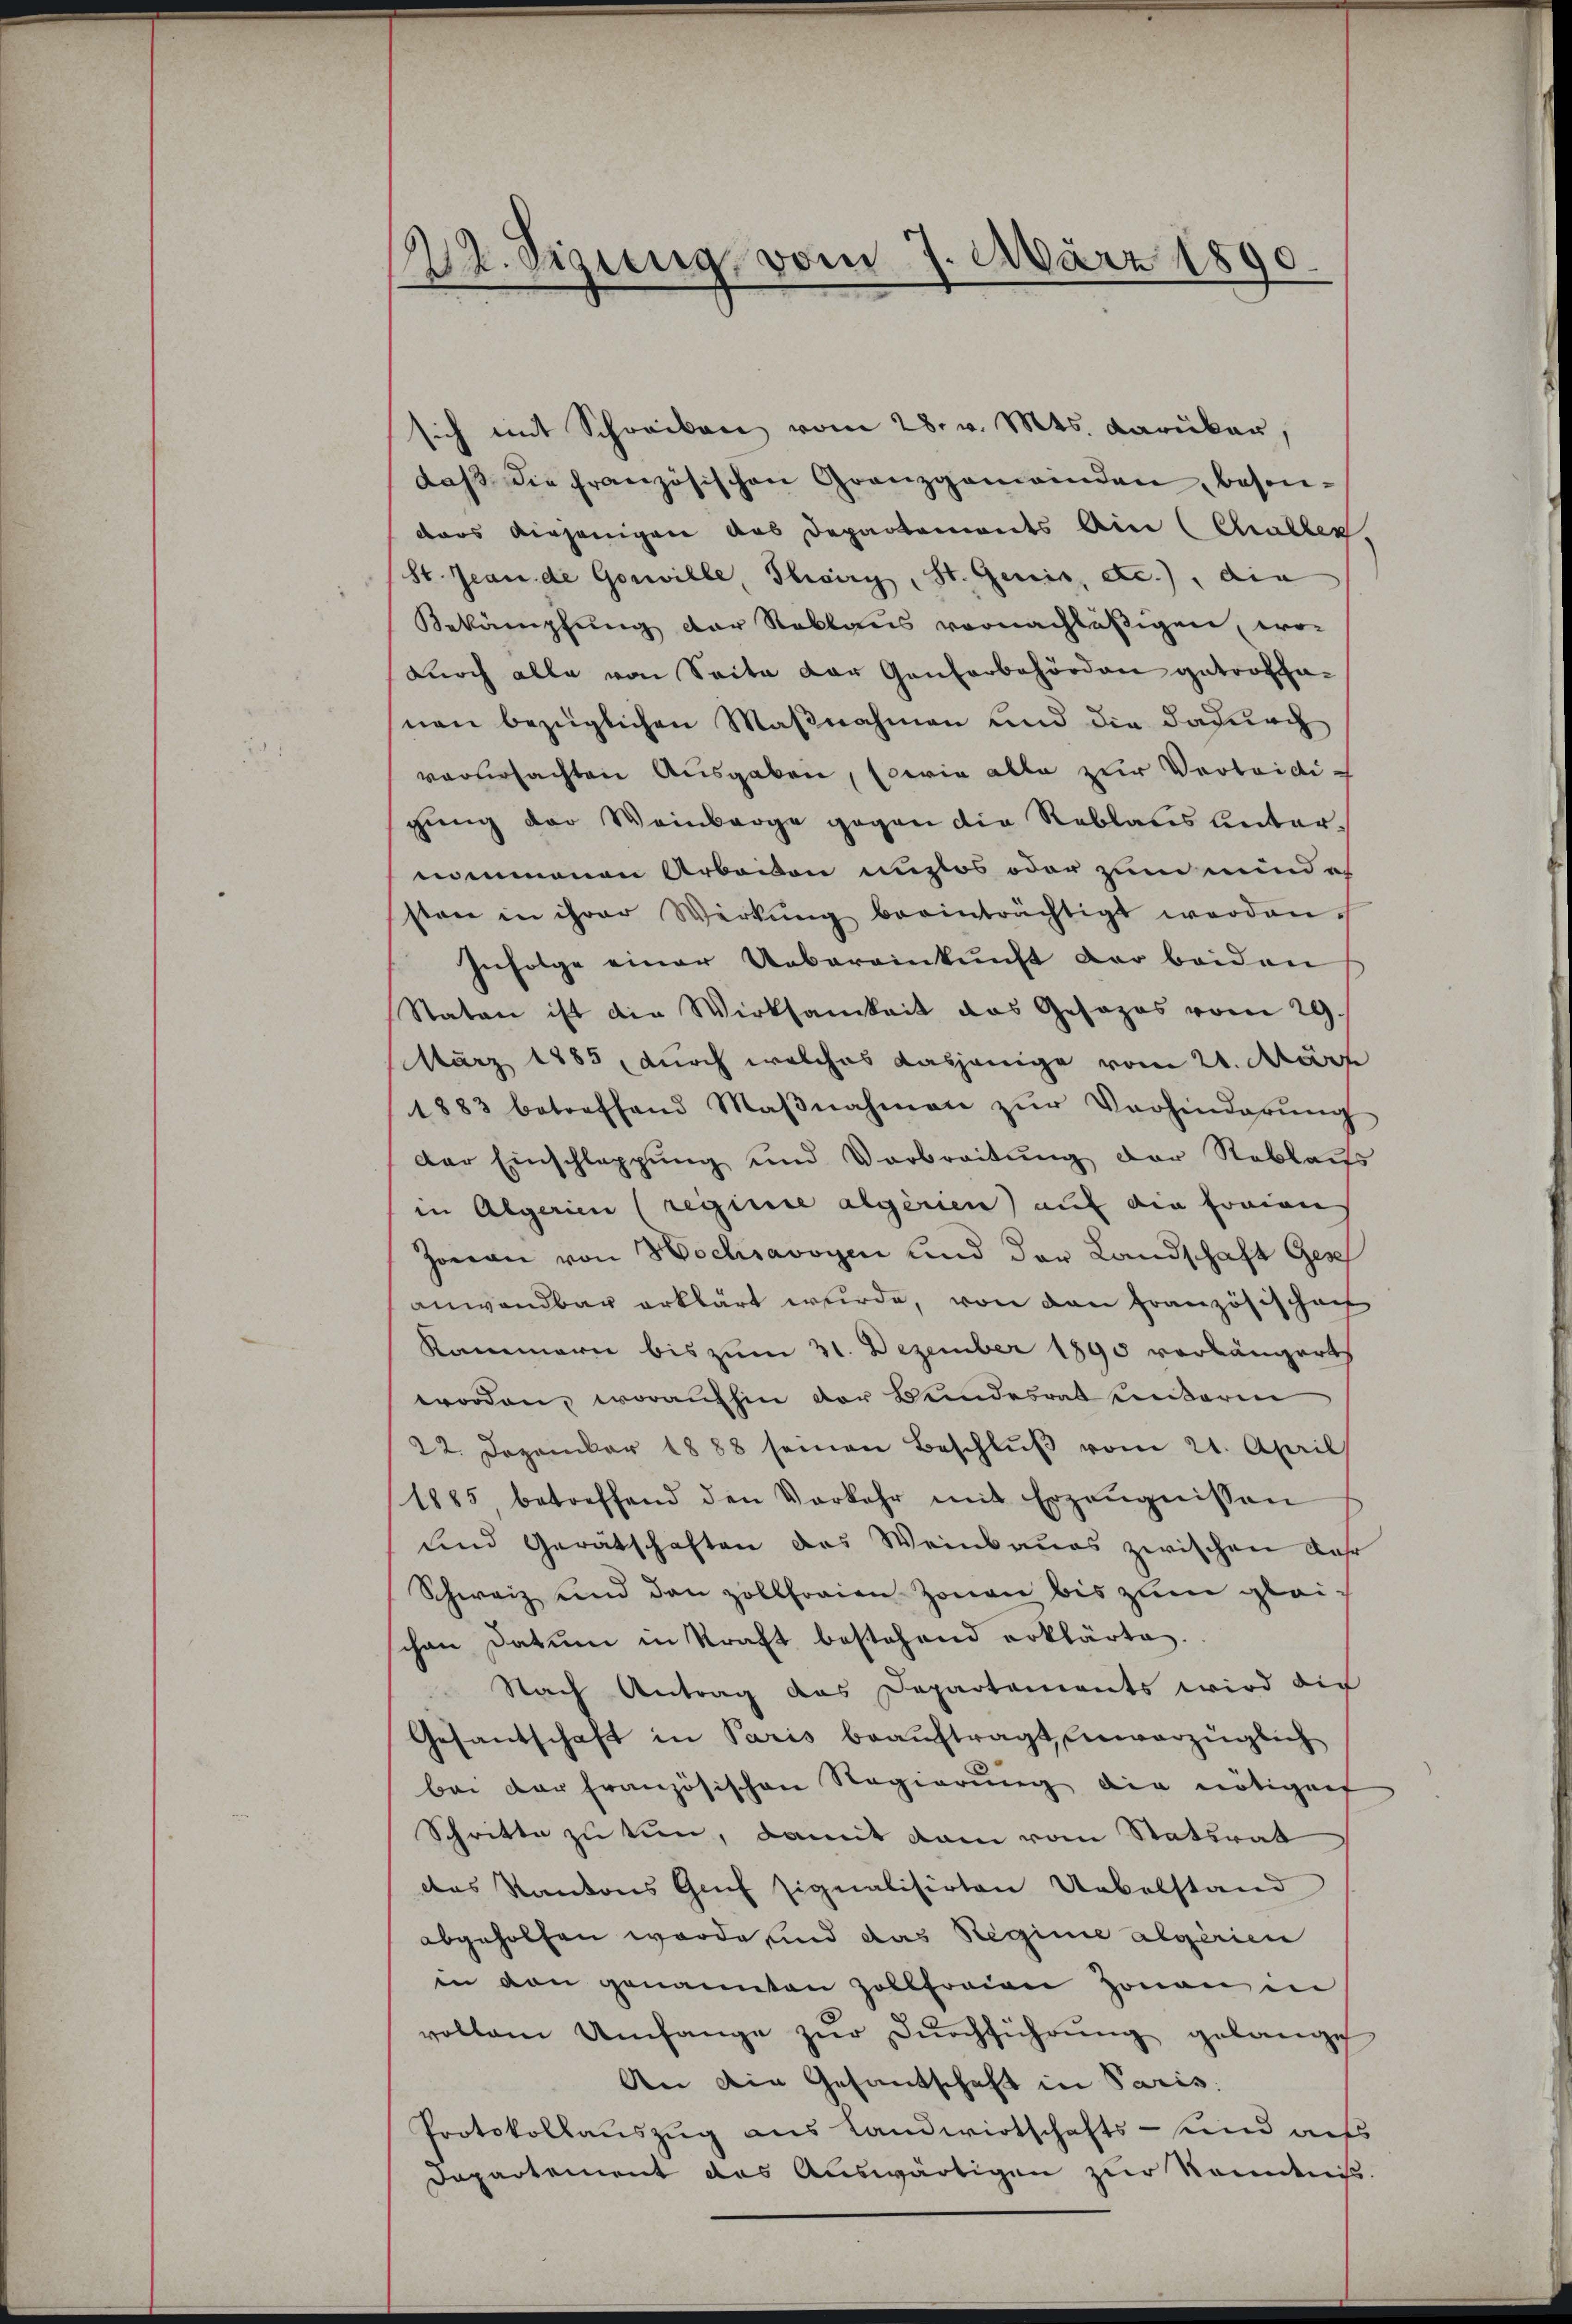
22. Sigung, vom 7. März 1890

sich mit Schreiben vom 28. v. Mts. darüber,
daβ die französischen Granzgemeinden, besondas diejenigen das Departements Ain (Challer,
(St. Jeande Goswille, Thoiri, St. Genis, etc.), die
Bekämpfung der Reklaus vornachläßigen, wo-
durch alle von Seite der Gantorbehörden getroffanen bezüglichen Maßnahmen und die dadurch
verursachten Ausgaben, sowie alle zur Verleidigung der Weinbarge gegen die Reblaus unternommenen Arbeiten mutlos oder zum und ih
sten in ihrer Wirkŭng beeinträchtigt werden.
Infolge einer Uebereinkunft der beiden
Staten ist die Wirksamkeit das Gesezes vom 29.
März 1885, durch welches dasjenige vom 21. März
1883 betreffend Maβnahmen zŭr Verhinderŭng
der Einschlappung und Verbreitŭng der Reblaiss
in Algerien (reiinie algerien) auf die fraien
Jonen von Hochsavoyen und der Landschaft Gese
anwendbar erklärt wurde, von den französischen
Kammern bis zum 31. Dezember 1890 vorlängert
worden, woraufhin der Bundesrat beideren
22. Dezember 1888 seinen Beschlŭβ vom 21. April
1885 betreffend den Vorkehr mit Erzeŭgnissen
und Gerätschaften das Weinbaues zwischen Jahr
Schweiz und den zollfreien Zonen bis zum gleischen Datum in Kraft bestehend erklärte.
Nach Antrag das Departements wird die
Gesantschaft in Paris beauftragt, unvorzüglich
bei der französischen Regierung die nötiger
Schritte zu tun, damit dem vom Statsrat
das Kantons Gruf signalisirten Uebelstand
abgeholfen worde und das Regime algerien
in den genannten Zollfreien Zonen in
vollem Umfange zur Durchführung gelange
An die Gesantschaft in Paris.
Protokollauszug aus Landwirtschafts- und aus
Departement des Auswärtigen zur Kenntniß.